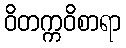
ဝိတက္ကဝိစာရာ